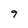
Character: 7